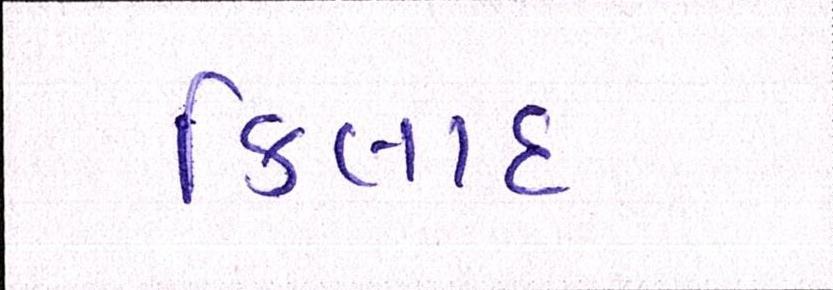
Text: કિલાદ